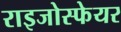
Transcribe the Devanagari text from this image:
राइजोस्फेयर